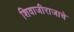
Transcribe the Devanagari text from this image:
शिवाजीराजाचे